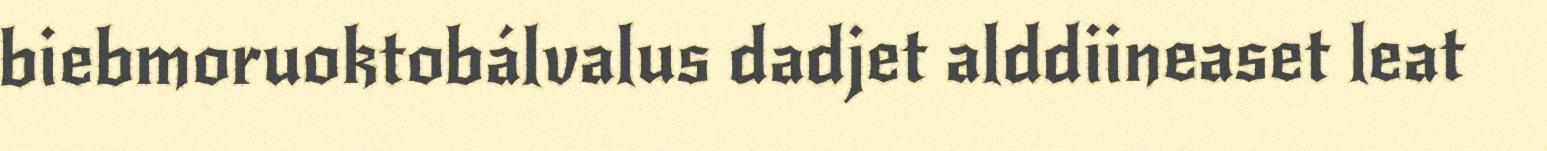
biebmoruoktobálvalus dadjet alddiineaset leat